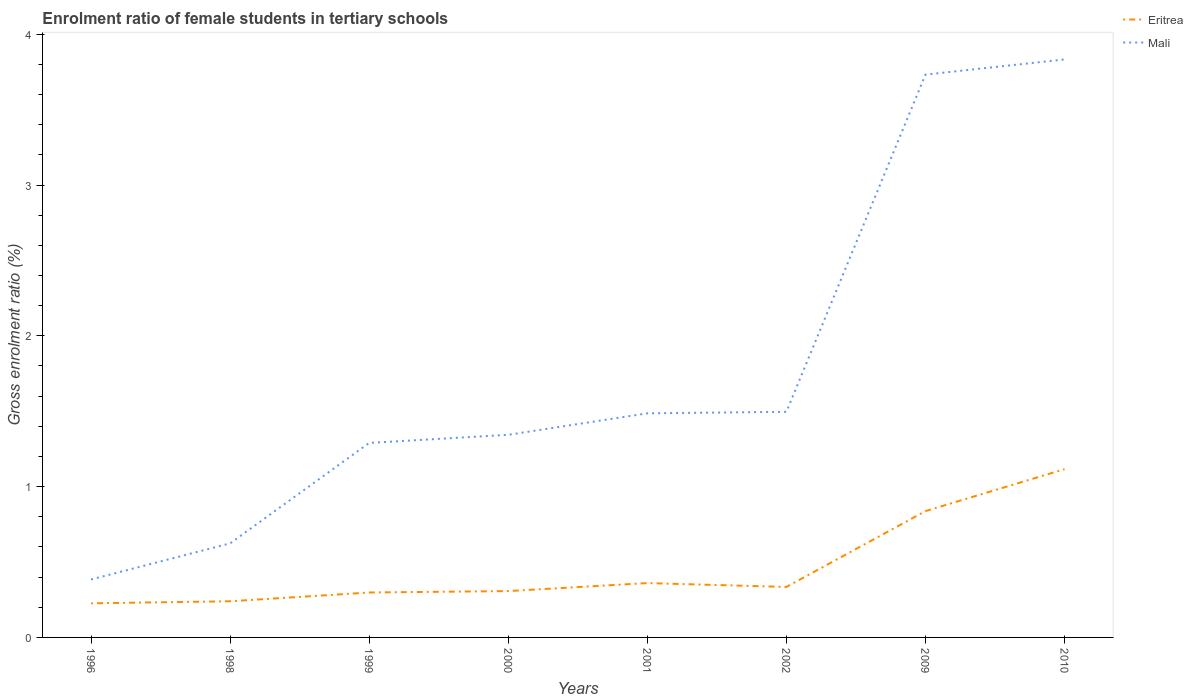
| Years | Eritrea | Mali |
 | --- | --- | --- |
 | 1996 | 0.226 | 0.384 |
 | 1998 | 0.24 | 0.624 |
 | 1999 | 0.298 | 1.29 |
 | 2000 | 0.307 | 1.34 |
 | 2001 | 0.36 | 1.49 |
 | 2002 | 0.335 | 1.5 |
 | 2009 | 0.838 | 3.73 |
 | 2010 | 1.12 | 3.83 |